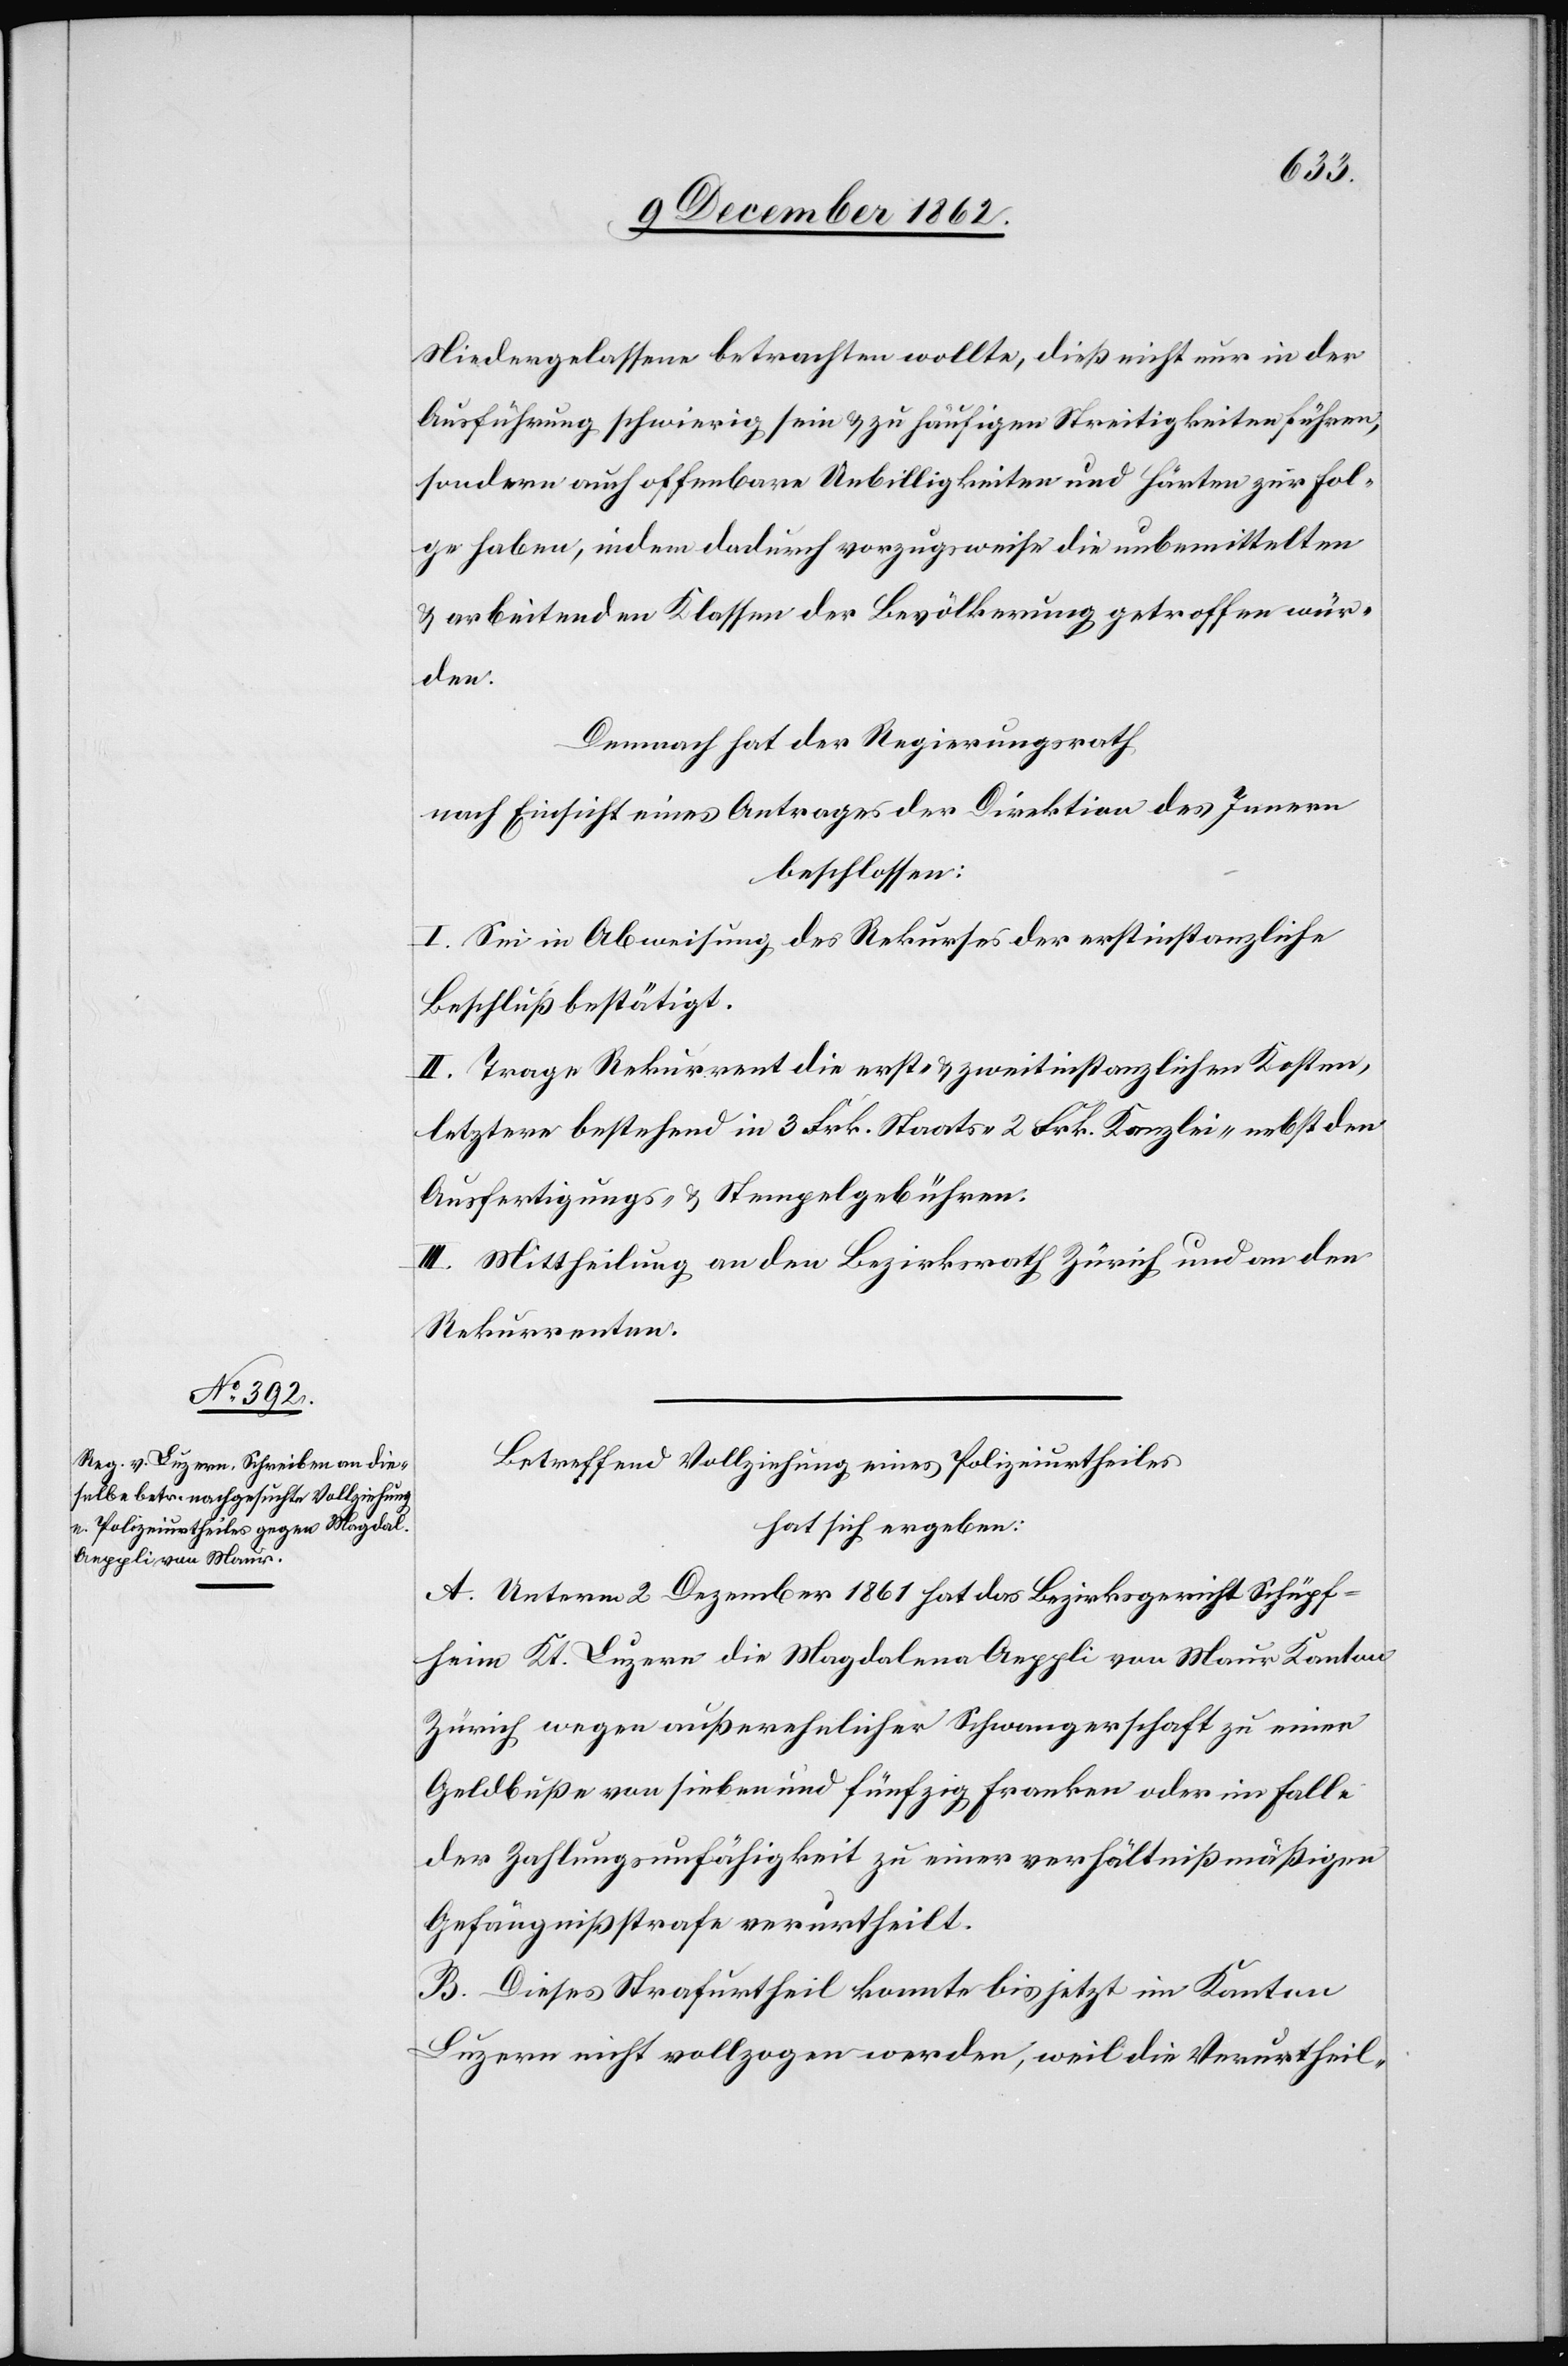
Niedergelassene betrachten wollte, dieß nicht nur in der
Ausführung schwierig sein u. zu häufigen Streitigkeiten führen,
sondern auch offenbare Unbilligkeiten und Härten zur Fol¬
ge haben, indem dadurch vorzugsweise die unbemittelten
u. arbeitenden Klassen der Bevölkerung getroffen wür¬
den.
Demnach hat der Regierungsrath
nach Einsicht eines Antrages der Direktion des Innern
beschlossen:
I. Sei in Abweisung des Rekurses der erstinstanzliche
Beschluß bestätigt.
II. Trage Rekurrentin die erst- u. zweitinstanzlichen Kosten,
letztere bestehend in 3 Frk. Staats-[,] 2 Frk. Kanzlei- nebst den
Ausfertigungs- u. Stempelgebühren.
II. Mittheilung an den Bezirksrath Zürich und an den
Rekurrenten.
Betreffend Vollziehung eines Polizeiurtheiles
hat sich ergeben:
A. Unterm 2. Dezember 1861 hat das Bezirksgericht Schüpf¬
heim Kt. Luzern die Magdalena Aeppli von Maur Kanton
Zürich wegen außerehelicher Schwangerschaft zu einer
Geldbuße von sieben und fünfzig Franken oder im Falle
der Zahlungsunfähigkeit zu einer verhältnißmäßigen
Gefängnißstrafe verurtheilt.
B. Dieses Strafurtheil konnte bis jetzt im Kanton
Luzern nicht vollzogen werden, weil die Veurtheil-